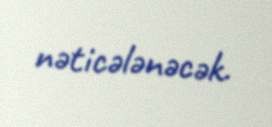
nəticələnəcək.